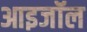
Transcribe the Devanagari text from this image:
आइजॉल